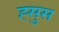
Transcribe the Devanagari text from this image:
ह्सुस